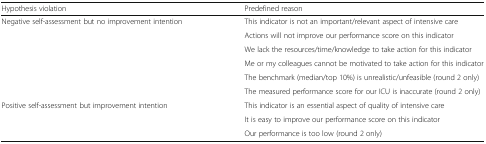
<table><thead><tr><td><b>Hypothesis violation</b></td><td><b>Predefined reason</b></td></tr></thead><tbody><tr><td rowspan="6">Negative self-assessment but no improvement intention</td><td>This indicator is not an important/relevant aspect of intensive care</td></tr><tr><td>Actions will not improve our performance score on this indicator</td></tr><tr><td>We lack the resources/time/knowledge to take action for this indicator</td></tr><tr><td>Me or my colleagues cannot be motivated to take action for this indicator</td></tr><tr><td>The benchmark (median/top 10%) is unrealistic/unfeasible (round 2 only)</td></tr><tr><td>The measured performance score for our ICU is inaccurate (round 2 only)</td></tr><tr><td rowspan="3">Positive self-assessment but improvement intention</td><td>This indicator is an essential aspect of quality of intensive care</td></tr><tr><td>It is easy to improve our performance score on this indicator</td></tr><tr><td>Our performance is too low (round 2 only)</td></tr></tbody></table>